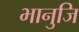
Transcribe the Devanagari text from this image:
भानुजि